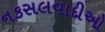
નકસલવાદીઓ